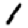
Digit: 1